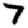
Digit: 7